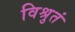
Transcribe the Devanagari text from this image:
विश्रुतं